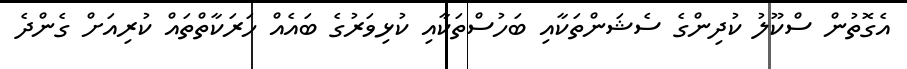
އެގޮތުން ސްކޫލު ކުދިންގެ ސެޝަންތަކާއި ބަހުސްތަކާއި ކުޅިވަރުގެ ބައެއް ހަރަކާތްތައް ކުރިއަށް ގެންދެ